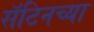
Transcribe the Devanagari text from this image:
सॅटिनच्या